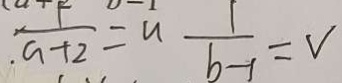
\frac { 1 } { a + 2 } = u \frac { 1 } { b - 1 } = V